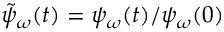
\tilde { \psi } _ { \omega } ( t ) = \psi _ { \omega } ( t ) / \psi _ { \omega } ( 0 )